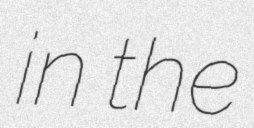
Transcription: in the